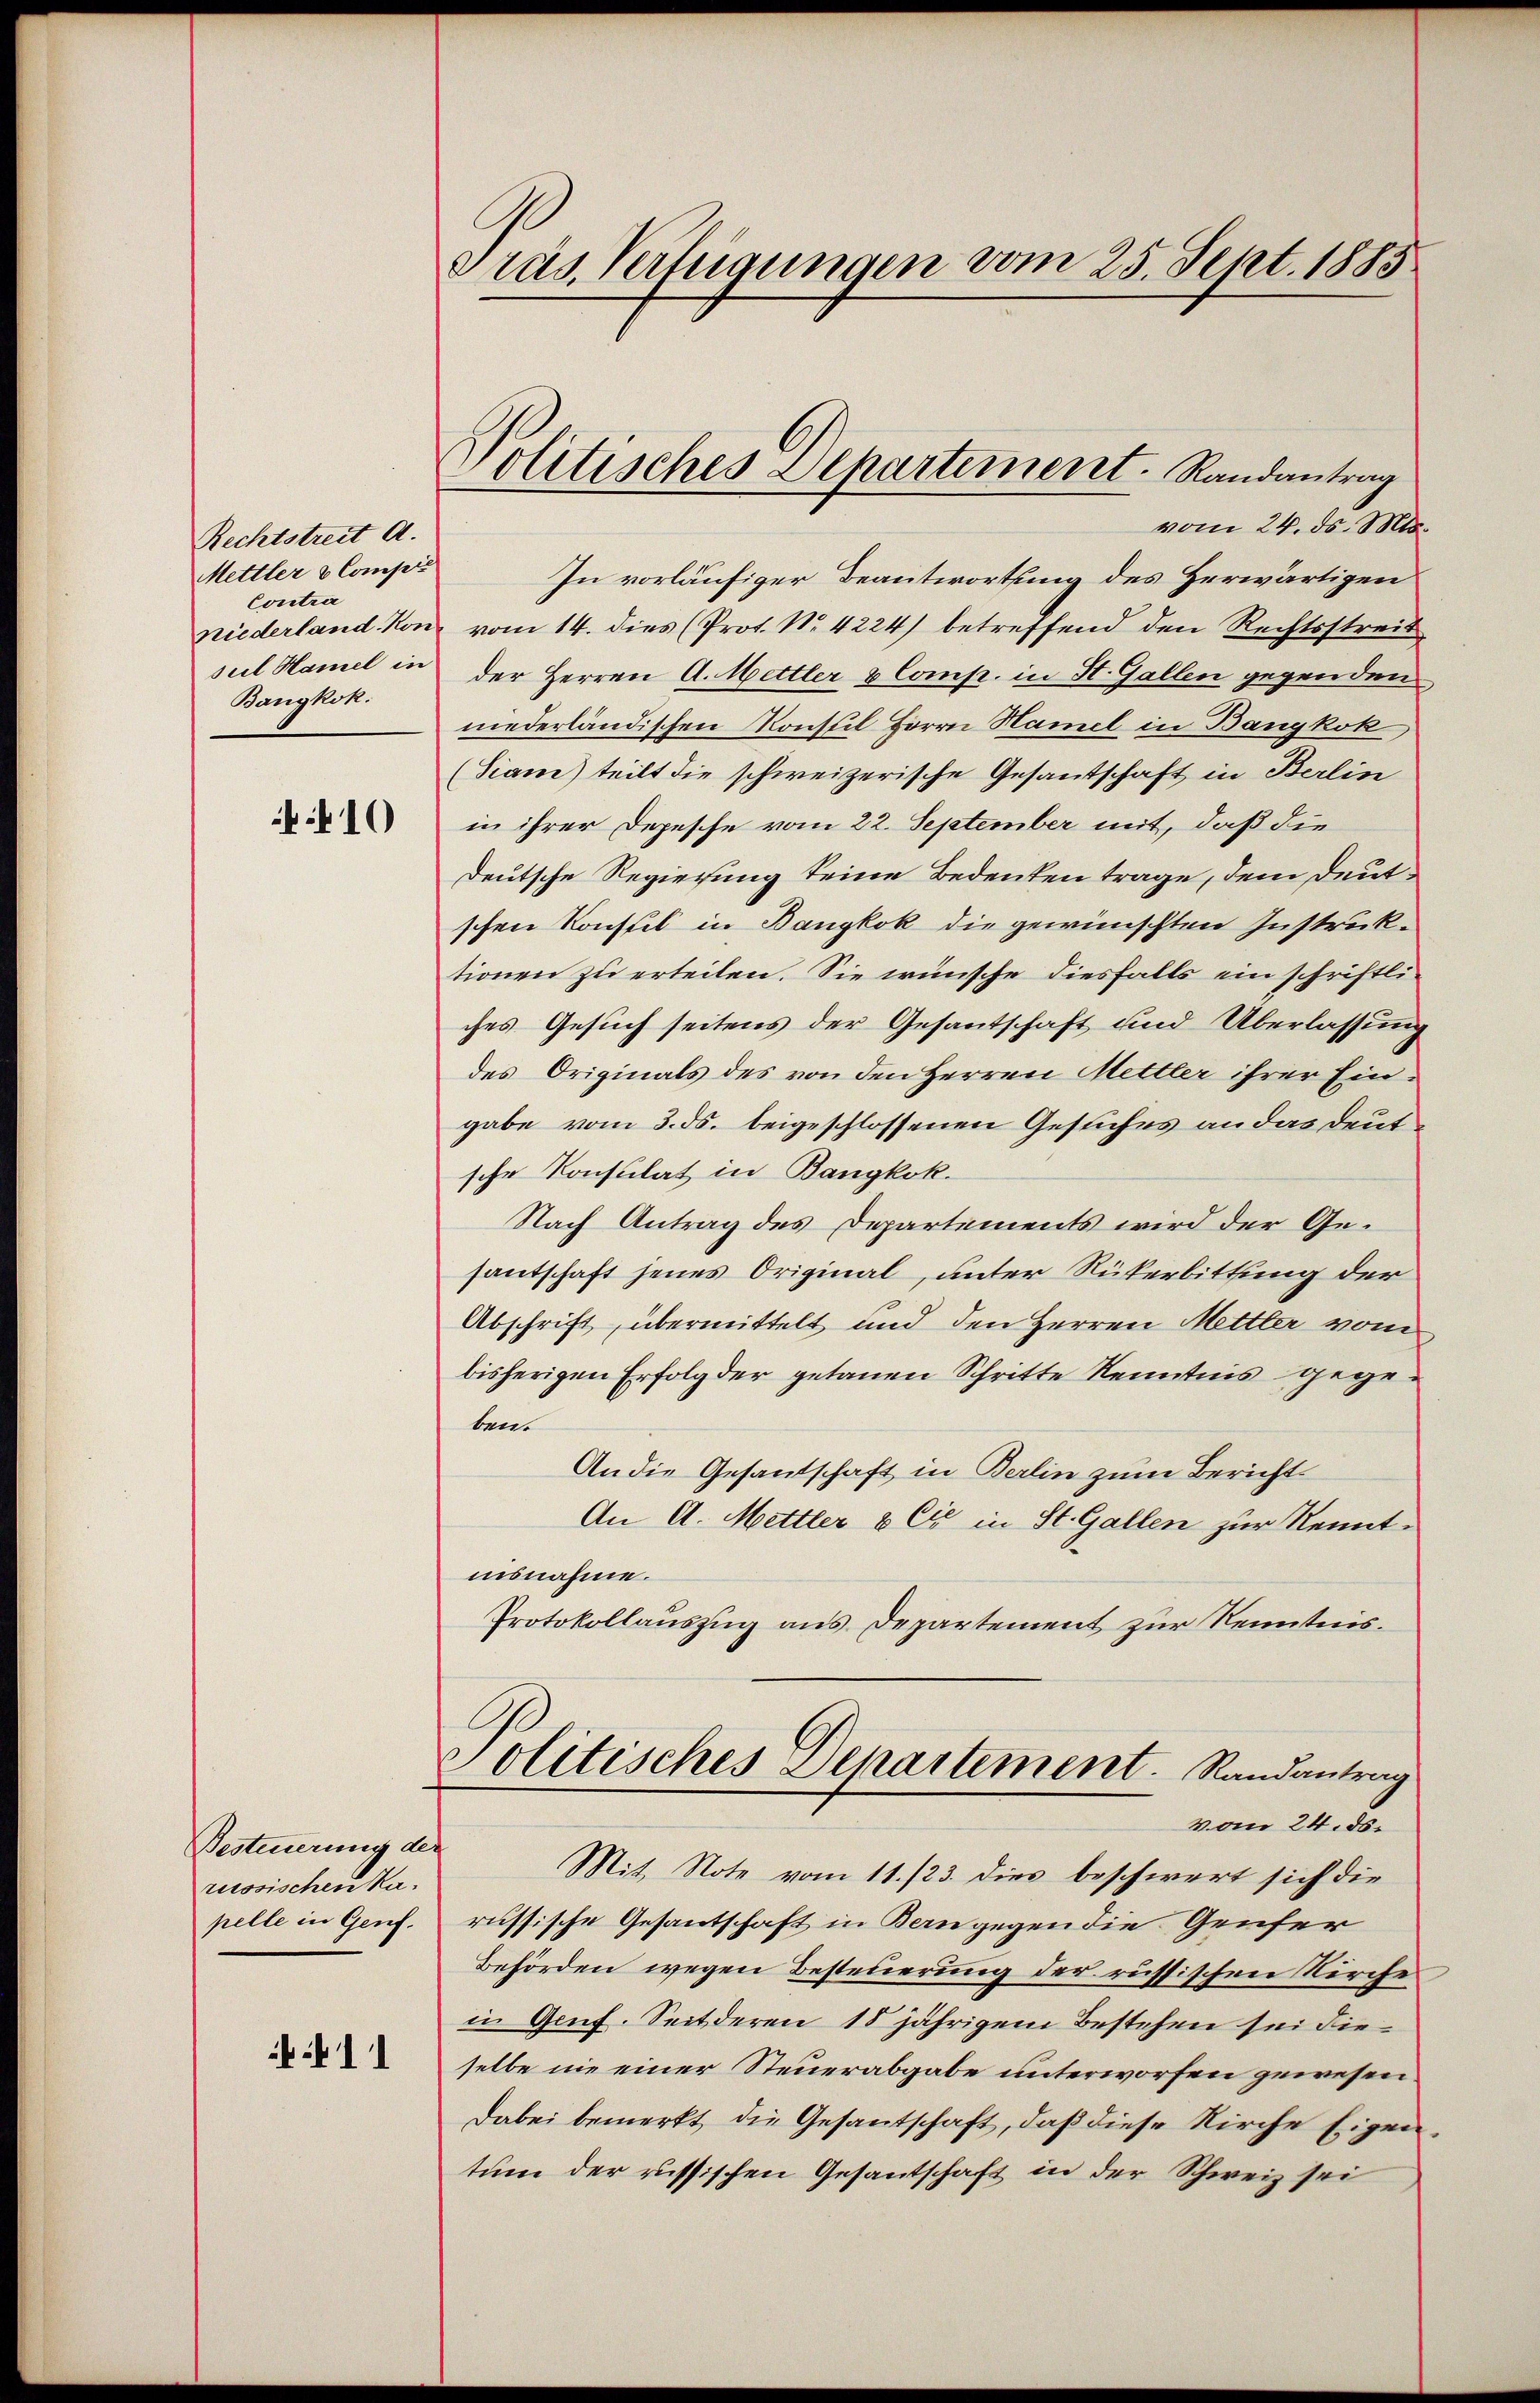
Rechtstreit A.
Mettler & Compir
Contra
suel Hamel in
Bangkok.

10

Besteuerung der
russischen Kapelle in Genf.

b 11

Präs. Verfügungen vom 25. Sept. 1883

Politisches Departement. Randantrag

vom 24. ds. Mts.
In vorläufiger Beantwortung des Herwärtigen
niederland. Konz vom 14. dies (Prot. No. 4224) betreffend den Rechtsstreit
der Herren A. Mettler & Comp. in St. Gallen gegenden,
niederländischen Konsul Herrn Hamel in Bangkok
(Siam) teilt die schweizerische Gesandschaft in Berlin
in ihrer Depesche vom 22. September mit, daß die
deutsche Regierung keine Bedeuten trage, dem Deutschen Konsul in Bangkok die gewünschten Instruktionen zu erteilen. Sie wünsche diesfalls ein schriftliches Gesuch seitens der Gesantschaft und Überlassung
des Originals des von den Herren Mettler ihrer Eingabe vom 3. ds. beigeschlossenen Gesuches an das Deut
sche Konsulat in Bangkok.
Nach Antrag des Departements wird der Gesantschaft jenes Original, unter Rükerbittung der
Abschrift, übermittelt und den Herren Mettler vom
bisherigen Erfolg der getanen Schritte Kenntnis gegeben.
An die Gesandtschaft in Berlin zum Bericht
An A. Mettler & Cie in St. Gallen zur Kenntnisnahme.
Protokollauszug aus Departement zur Kenntnis.
Politisches Departement. Randantrag
vom 24. ds.
Mit Note vom 11./23. dies beschwert sich die
russische Gesantschaft in Bern gegen die Genfer
Behörden wegen Besteuerung der russischen Kirche
in Genf. Seitderen 18 jährigem Bestehen sei die
selbe nie einer Steuerabgabe unterworfen gewesen
Dabei bemerkt, die Gesandtschaft, daß diese Kirche Eigentum der russischen Gesantschaft in der Schweiz sei